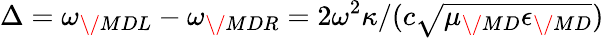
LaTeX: \Delta=\omega_{\/ {MDL}}-\omega_{\/ {MDR}}=2\omega^{2}\kappa/(c\sqrt{\mu_{\/ {MD}}\epsilon_{\/ {MD}}})